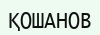
ҚОШАНОВ